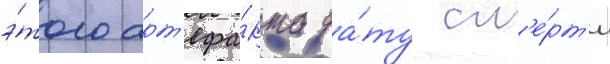
э́того арт'ефа́кта да́ту см'е́рт'и